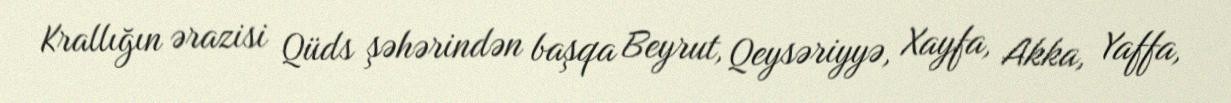
Krallığın ərazisi Qüds şəhərindən başqa Beyrut, Qeysəriyyə, Xayfa, Akka, Yaffa,